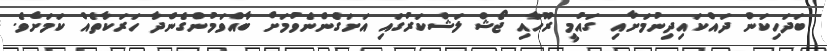
ބަދަހިކަން ދައްކައިދިނުމަށާއި ގައުމީ ރޫހާއި ޖޯޝް ލަޝްކަރުގައި އަށަގެންނެވުމަށް ބާއްވަމުންގެންދާ ހަރަކާތެއް ކަމަށެވެ.